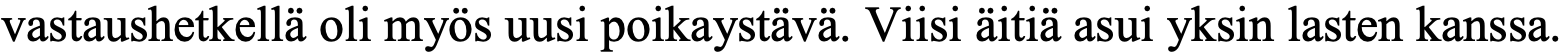
vastaushetkellä oli myös uusi poikaystävä. Viisi äitiä asui yksin lasten kanssa.